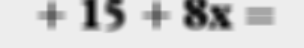
+ 15 + 8x =